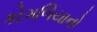
કોગળિયાનો